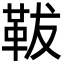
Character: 𩊊